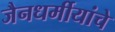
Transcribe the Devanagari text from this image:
जैनधर्मीयांचे